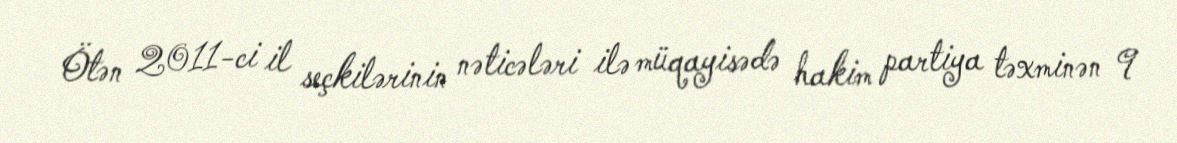
Ötən 2011-ci il seçkilərinin nəticələri ilə müqayisədə hakim partiya təxminən 9